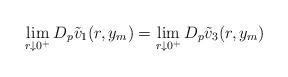
LaTeX: \begin{align*}\lim_{r \downarrow 0^+} D_p\tilde{v}_1(r,y_m) = \lim_{r \downarrow 0^+}D_p\tilde{v}_3(r,y_m) \end{align*}